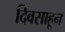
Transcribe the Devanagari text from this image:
दिवसाहून